Vaccination in Bombay 1889-1901 - 1889-1901
Year: 1889
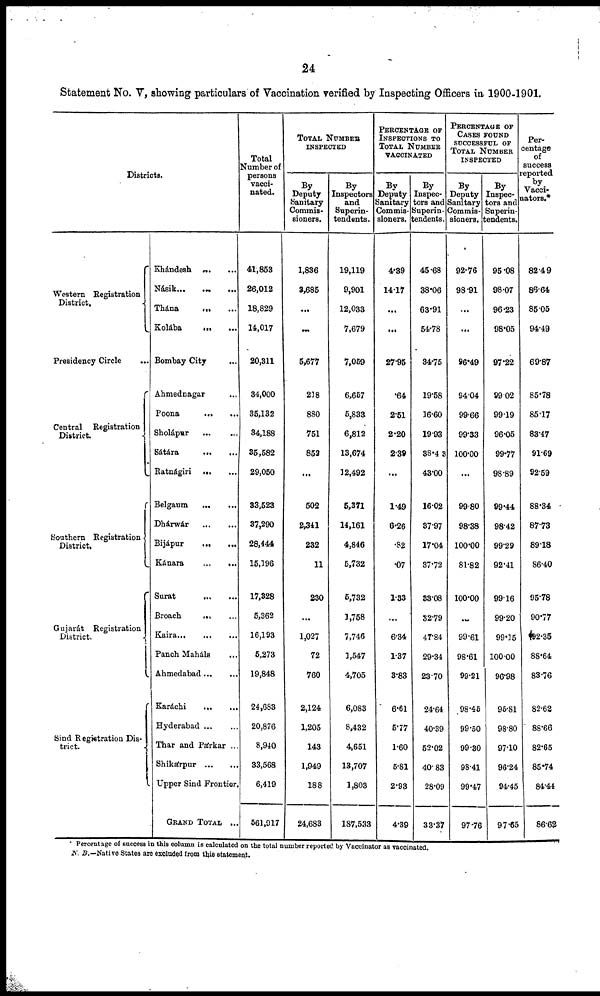
24
Statement No. V, showing particulars of Vaccination verified by Inspecting Officers in 1900-1901.
Districts.
Western Registration
District.
Presidency Circle
...
Central Registration
District.
Southern Registration
District.
Gujarát Registration
District.
Sind Registration Dis-
trict.
Khándesh ... ...
Násik ... ...
Thána
...
...
Kolába ... ...
Bombay City
Ahmednagar ...
Poona
...
...
Sholápur ... ...
Sátára ... ...
Ratnágiri ... ...
Belgaum
...
...
Dhárwár
...
...
Bijápur
...
...
Kánara
...
...
Surat ... ...
Broach
...
...
Kaira
...
...
...
Panch Maháls ...
Ahmedabad ... ...
Karáchi
...
...
Hyderabad
...
...
Thar and Párkar ...
Shikárpur
...
...
Upper Sind Frontier.
GRAND TOTAL ...
Total
Number of
persons
vacci-
nated.
41,853
26,012
18,829
14,017
20,311
34,000
35,132
34,188
35,582
29,050
33,523
37,290
28,444
15,196
17,328
5,362
16,193
5,273
19,848
24,683
20,876
8,940
33,568
6,419
561,917
TOTAL NUMBER
INSPECTED
By
Deputy
Sanitary
Commis-
sioners.
1,836
3,685
...
...
5,677
218
880
751
852
...
502
2,341
232
11
230
...
1,027
72
760
2,124
1,205
143
1,949
188
24,683
By
Inspectors
and
Superin-
tendents.
19,119
9,901
12,033
7,679
7,059
6,657
5,833
6,812
13,674
12,492
5,371
14,161
4,846
5,732
5,732
1,758
7,746
1,547
4,705
6,083
8,432
4,651
13,707
1,803
187,533
PERCENTAGE OF
INSPECTIONS TO
TOTAL NUMBER
VACCINATID
By
Deputy
Sanitary
Commis-
sioners.
4.39
14.17
...
...
27.95
.64
2.51
2.20
2.39
...
1.49
6.26
.82
.07
1.33
...
6.34
1.37
3.83
6.61
5.77
1.60
5.81
2.93
4.39
By
Inspec-
tors and
Superin-
tendents.
45.68
38.06
63.91
54.78
34.75
19.58
16.60
19.93
38.4 3
43.00
16.02
37.97
17.04
37.72
33.08
32.79
47.84
29.34
23.70
24.64
40.39
52.02
40.83
28.09
33.37
PERCENTAGE OF
CASES FOUND
SUCCESSFUL OF
TOTAL NUMBER
INSPECTED
By
Deputy
Sanitary
Commis-
sioners.
92.76
98.91
...
...
96.49
94.04
99.66
99.33
100.00
...
99.80
98.38
100.00
81.82
100.00
...
99.61
98.61
99.21
98.46
99.50
99.30
98.41
99.47
97.76
By
Inspec-
tors and
Superin-
tendents.
95.08
98.07
96.23
98.05
97.22
99.02
99.19
96.05
99.77
98.89
99.44
98.42
99.29
92.41
99.16
99.20
99.15
100.00
96.98
96.81
98.80
97.10
96.24
94.45
97.65
Per-
centage
of
success
reported
by
Vacci-
nators.*
82.49
86.64
85.05
94.49
69.87
85.78
85.17
83.47
91.69
92.59
88.34
87.73
89.18
86.40
95.78
90.77
92.35
88.64
83.76
82.62
88.66
82.65
85.74
84.44
86.62
*Percentage of success in this column is calculated on the total number reported by Vaccinator as vaccinated.
N. B.—Native States are excluded from this statement.